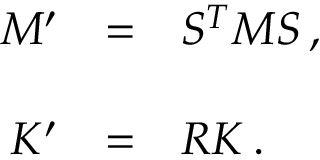
\begin{array} { r c l } { { { \cal M } ^ { \prime } } } & { { = } } & { { S ^ { T } { \cal M } S \, , } } \\ { { } } & { { } } & { { } } \\ { { K ^ { \prime } } } & { { = } } & { { R K \, . } } \end{array}